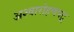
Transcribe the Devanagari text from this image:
अश्वारोहणपटू